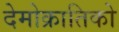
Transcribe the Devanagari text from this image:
देमोक्रातिको